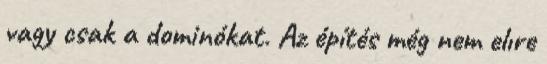
vagy csak a dominókat. Az építés még nem elıre